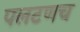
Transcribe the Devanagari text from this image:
पलटणच